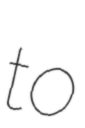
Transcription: to